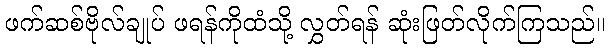
ဖက်ဆစ်ဗိုလ်ချုပ် ဖရန်ကိုထံသို့ လွှတ်ရန် ဆုံးဖြတ်လိုက်ကြသည်။